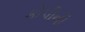
કોપીની